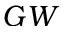
G W